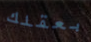
بعقلك